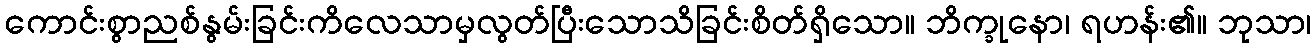
ကောင်းစွာညစ်နွမ်းခြင်းကိလေသာမှလွတ်ပြီးသောသိခြင်းစိတ်ရှိသော။ ဘိက္ခုနော၊ ရဟန်း၏။ ဘုသာ၊